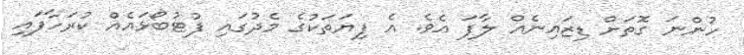
ހުންނަ ގޮތަށް ޑިޒައިނެއް ލާފަ އެވެ. އެ ފިޔަތަކުގެ މެދުގައި ފުޓުބޯޅައެއް ކުރަހާފައި